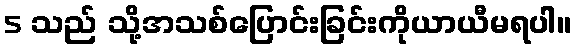
5 သည် သို့အသစ်ပြောင်းခြင်းကိုယာယီမရပါ။